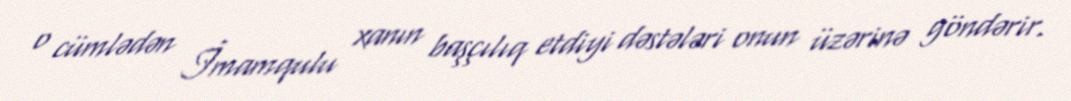
o cümlədən İmamqulu xanın başçılıq etdiyi dəstələri onun üzərinə göndərir.